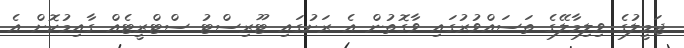
ޖަމީލުގެ ވިލިމާލޭގެ ތަސައްވުރުގައި ވާގޮތުން އެ ރަށުގައި ޓޫރިސްޓު ސްޓްރީޓެއް ގާއިމުކޮށް އެ